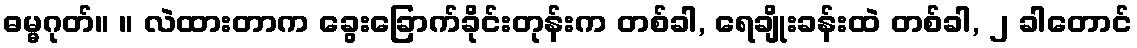
ဓမ္မဂုတ်။ ။ လဲထားတာက ခွေးခြောက်ခိုင်းတုန်းက တစ်ခါ, ရေချိုးခန်းထဲ တစ်ခါ, ၂ ခါတောင်